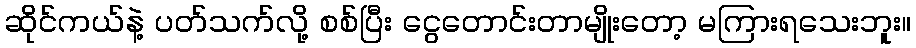
ဆိုင်ကယ်နဲ့ ပတ်သက်လို့ စစ်ပြီး ငွေတောင်းတာမျိုးတော့ မကြားရသေးဘူး။